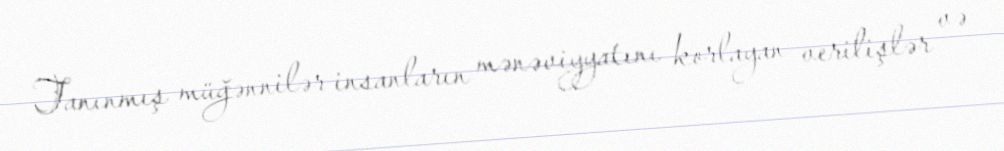
Tanınmış müğənnilər insanların mənəviyyatını korlayan verilişlər və